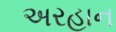
અરહાન